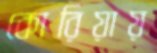
কোরিয়ায়